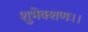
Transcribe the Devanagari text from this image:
शुभेक्शणः।।